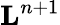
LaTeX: \mathbf{L}^{n+1}